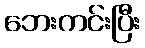
ဘေးကင်းပြီး